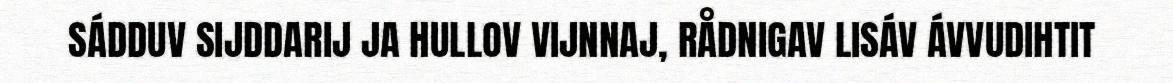
SÁDDUV SIJDDARIJ JA HULLOV VIJNNAJ, RÅDNIGAV LISÁV ÁVVUDIHTIT